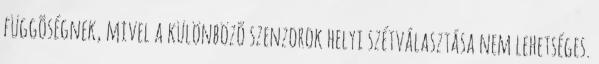
függõségnek, mivel a különbözõ szenzorok helyi szétválasztása nem lehetséges.